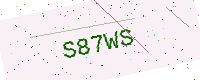
Text: S87WS